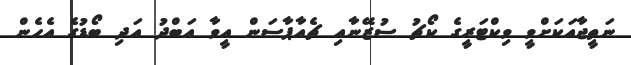
ނަތީޖާއަކަށްވީ ވިކްޓަރީގެ ކޯޗު ސުޒޭނާއި ޗެއާޕާސަން އީވާ އަބްދު އަދި ބޯޑުގެ އެހެން